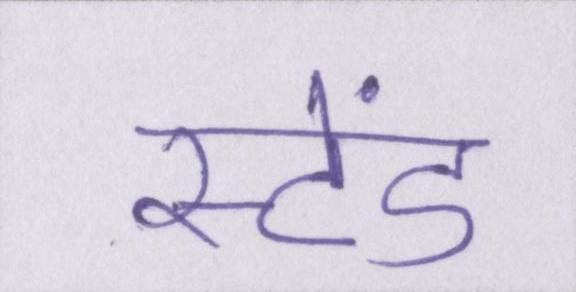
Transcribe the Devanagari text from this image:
स्टेंड